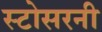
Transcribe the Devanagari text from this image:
स्टोसरनी